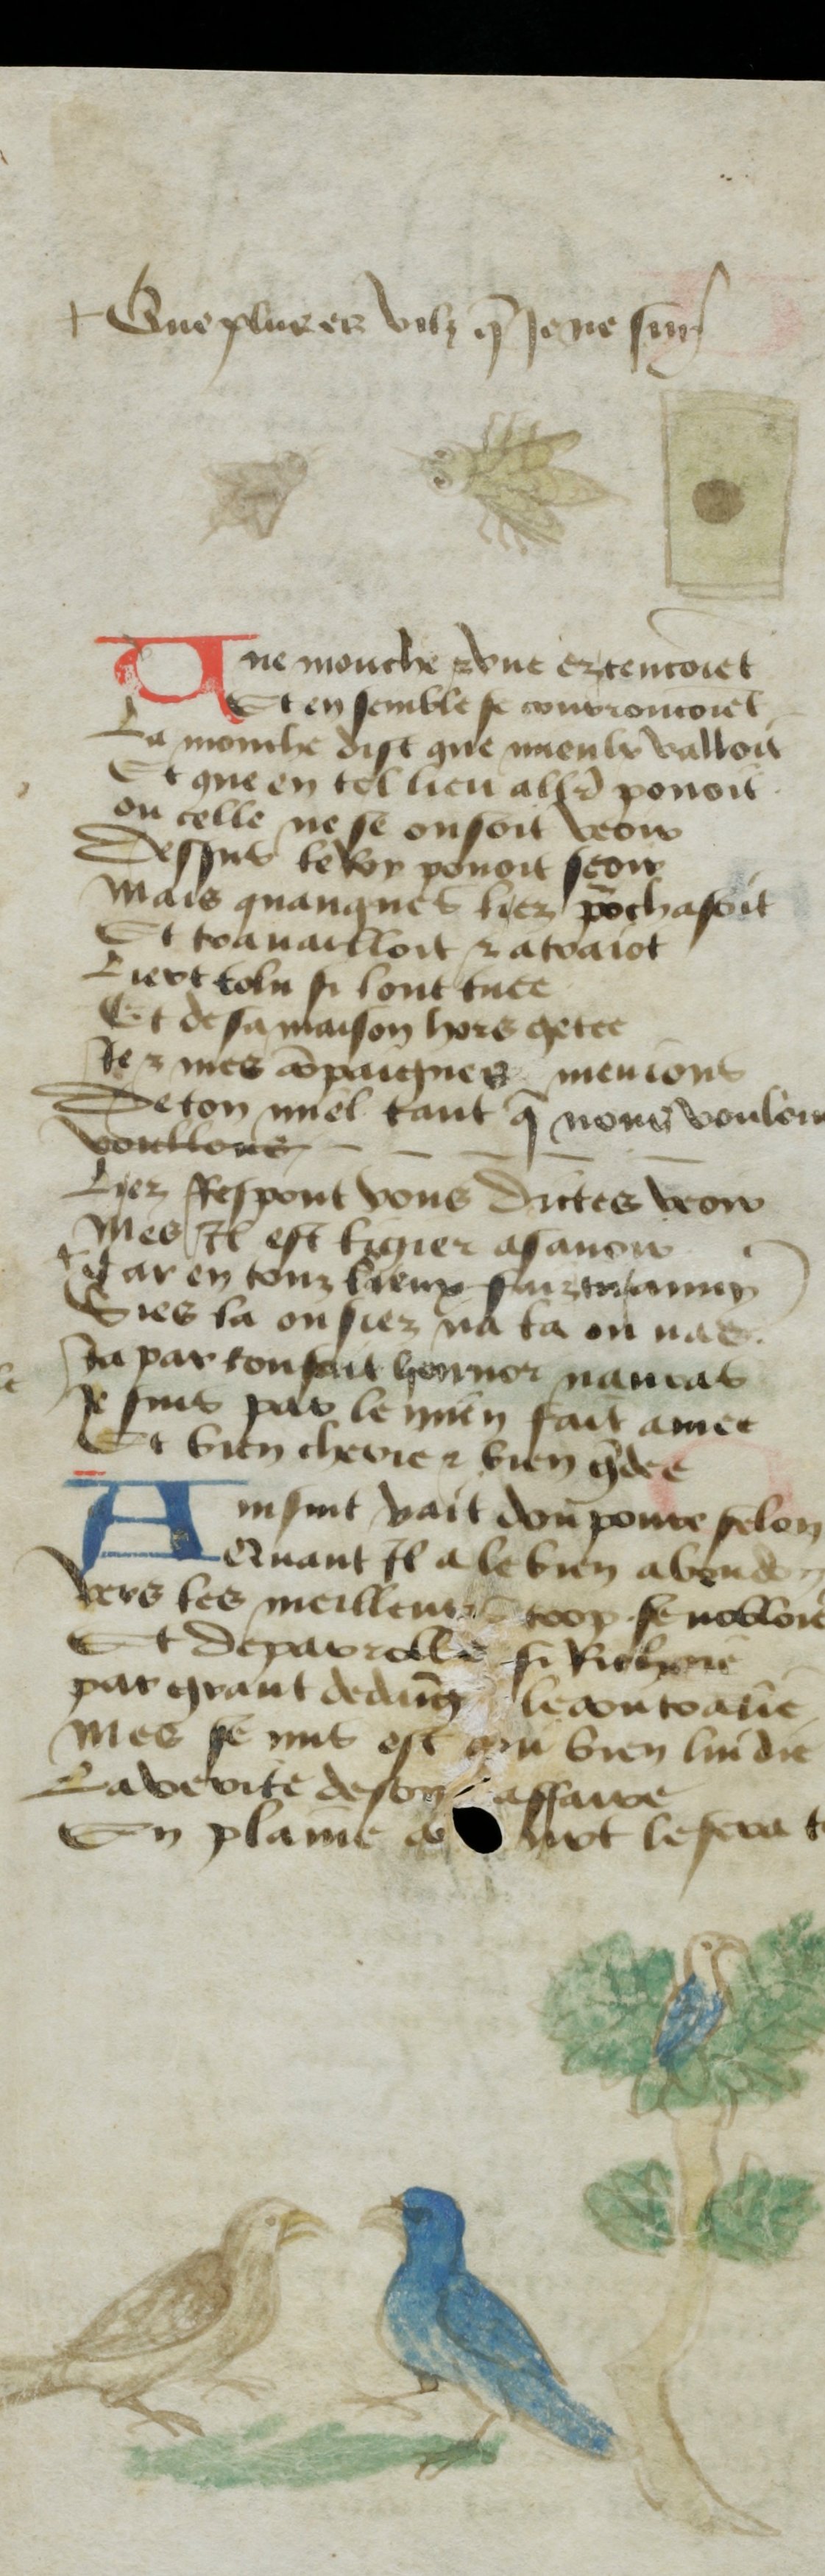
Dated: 1400–1499